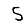
Digit: 5